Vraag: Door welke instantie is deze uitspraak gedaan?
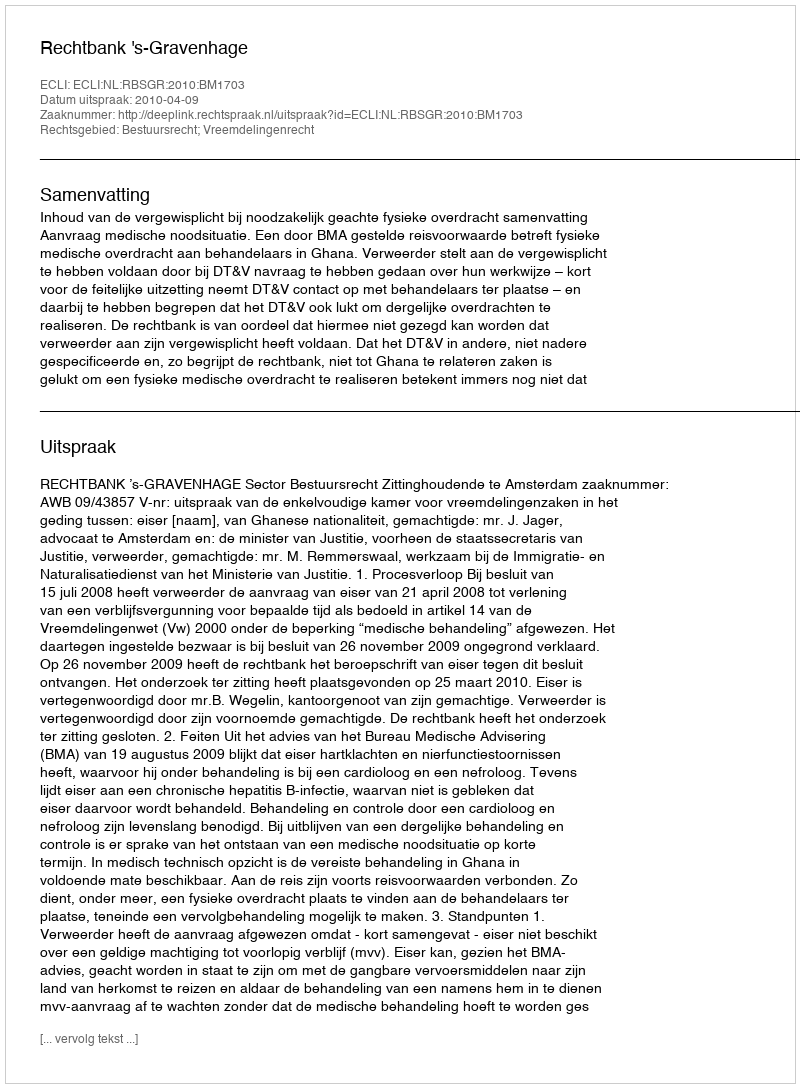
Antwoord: Rechtbank 's-Gravenhage